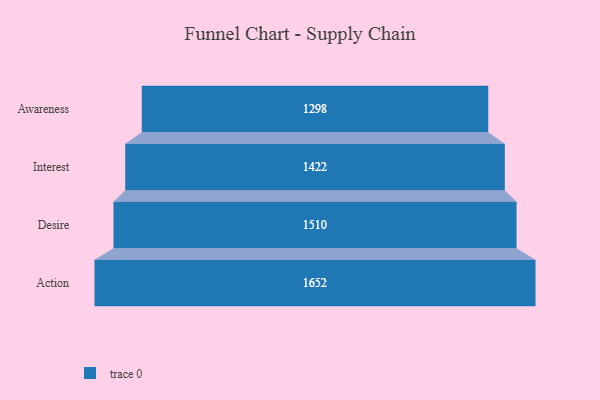
{"axis": {"x": "Stage", "y": "Value"}, "legend": [""], "data": [{"x": "Awareness", "y": 1298.0, "type": ""}, {"x": "Interest", "y": 1422.0, "type": ""}, {"x": "Desire", "y": 1510.0, "type": ""}, {"x": "Action", "y": 1652.0, "type": ""}]}